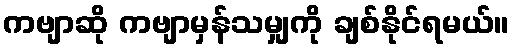
ကဗျာဆို ကဗျာမှန်သမျှကို ချစ်နိုင်ရမယ်။